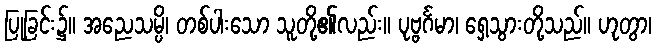
ပြုခြင်း၌။ အညေသမ္ပိ၊ တစ်ပါးသော သူတို့၏လည်း။ ပုဗ္ဗင်္ဂမာ၊ ရှေ့သွားတို့သည်။ ဟုတွာ၊